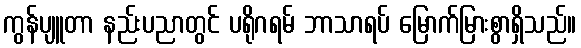
ကွန်ပျူတာ နည်းပညာတွင် ပရိုဂရမ် ဘာသာရပ် မြောက်မြားစွာရှိသည်။